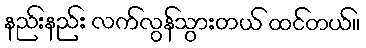
နည်းနည်း လက်လွန်သွားတယ် ထင်တယ်။